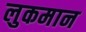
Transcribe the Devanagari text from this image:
लुकमान